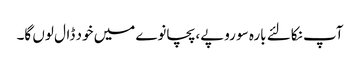
آپ نکالئے بارہ سو روپے، پچانوے میں خود ڈال لوں گا۔